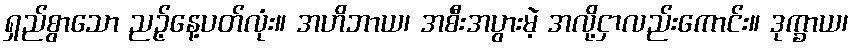
ရှည်စွာသော ညဉ့်နေ့ပတ်လုံး။ အဟိဘာယ၊ အစီးအပွားမဲ့ အလို့ငှာလည်းကောင်း။ ဒုက္ခာယ၊